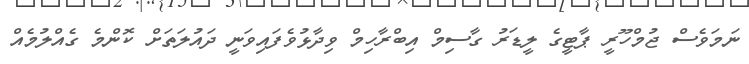
ނަމަވެސް ޖުމްހޫރީ ޕާޓީގެ ލީޑަރު ގާސިމް އިބްރާހިމް ވިދާޅުވެފައިވަނީ ދައުލަތަށް ކޮންމެ ގެއްލުމެއް